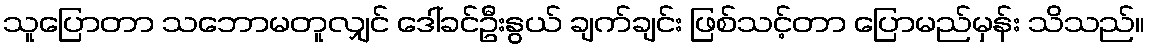
သူပြောတာ သဘောမတူလျှင် ဒေါ်ခင်ဦးနွယ် ချက်ချင်း ဖြစ်သင့်တာ ပြောမည်မှန်း သိသည်။